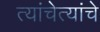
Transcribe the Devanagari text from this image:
त्यांचेत्यांचे